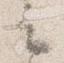
云